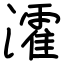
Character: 瀖